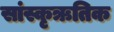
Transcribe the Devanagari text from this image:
सांस्कृऋतिक